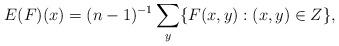
LaTeX: \begin{gather*}E(F)(x)=(n-1)^{-1}\sum\limits_y \{F(x,y): (x,y) \in Z\},\end{gather*}